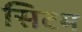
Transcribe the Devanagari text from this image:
सिटम